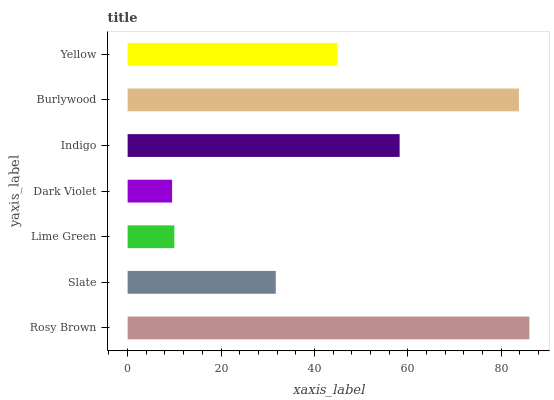
| yaxis_label | bars |
 | --- | --- |
 | Rosy Brown | 86 |
 | Slate | 31.7 |
 | Lime Green | 10 |
 | Dark Violet | 9.52 |
 | Indigo | 58.3 |
 | Burlywood | 83.8 |
 | Yellow | 44.9 |